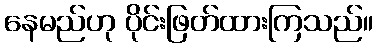
နေမည်ဟု ပိုင်းဖြတ်ထားကြသည်။